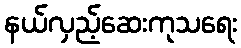
နယ်လှည့်ဆေးကုသရေး